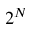
2 ^ { N }